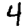
Digit: 4